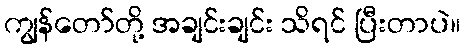
ကျွန်တော်တို့ အချင်းချင်း သိရင် ပြီးတာပဲ။